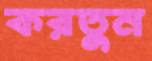
করতুন